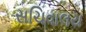
સચિવાલય